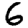
Digit: 6